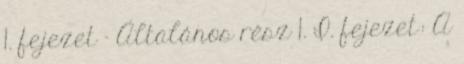
1. fejezet - Általános rész 1. I. fejezet: A